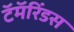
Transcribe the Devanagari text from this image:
टॅमॅरिंडस